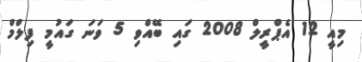
މިއީ 12 އެޕްރީލް 2008 ގައި ބޭއްވި 5 ވަނަ ގައުމީ ފިލްމް